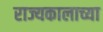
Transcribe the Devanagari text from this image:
राज्यकालाच्या